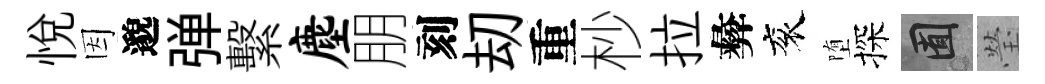
悦因邈弹繫麈朋刻刧重杪拉彜衮堕探囿瑩